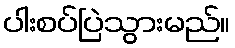
ပါးစပ်ပြဲသွားမည်။